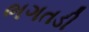
ભગતડી